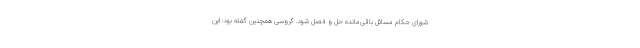
شورای حکام مسائل باقی‌مانده حل و فصل شود. گروسی همچنین گفته بود: این